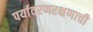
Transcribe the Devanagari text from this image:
पर्यावरणरक्षणाची